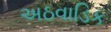
અઠવાડિક